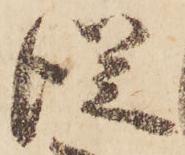
従